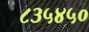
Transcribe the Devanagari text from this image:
८३५४५०